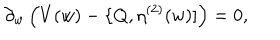
LaTeX: \partial _ { w } \, \Big ( V ( w ) - \{ Q , \eta ^ { ( 2 ) } ( w ) ] \Big ) = 0 ,